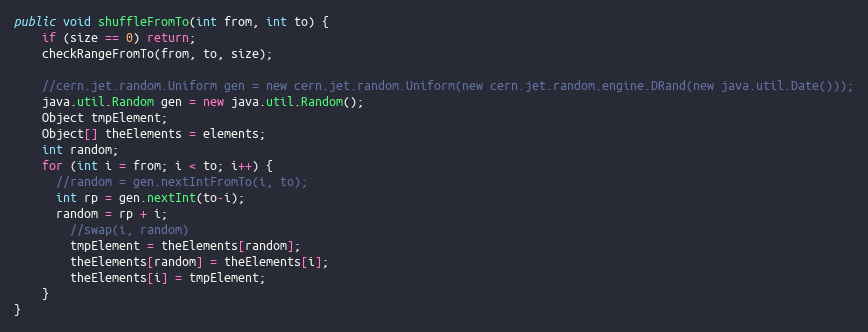
Language: Java
public void shuffleFromTo(int from, int to) {
	if (size == 0) return;
	checkRangeFromTo(from, to, size);

	//cern.jet.random.Uniform gen = new cern.jet.random.Uniform(new cern.jet.random.engine.DRand(new java.util.Date()));
	java.util.Random gen = new java.util.Random();
	Object tmpElement;
	Object[] theElements = elements;
	int random;
	for (int i = from; i < to; i++) {
	  //random = gen.nextIntFromTo(i, to);
	  int rp = gen.nextInt(to-i);
	  random = rp + i;
		//swap(i, random)
		tmpElement = theElements[random];
		theElements[random] = theElements[i];
		theElements[i] = tmpElement;
	}
}